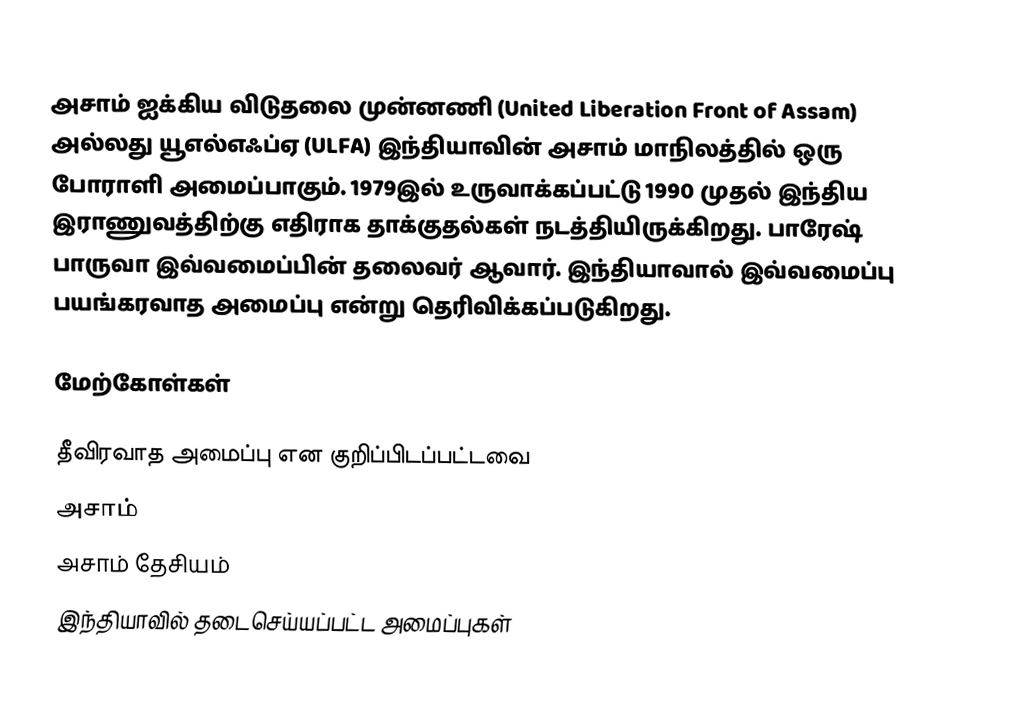
அசாம் ஐக்கிய விடுதலை முன்னணி (United Liberation Front of Assam) அல்லது யூஎல்எஃப்ஏ (ULFA) இந்தியாவின் அசாம் மாநிலத்தில் ஒரு போராளி அமைப்பாகும். 1979இல் உருவாக்கப்பட்டு 1990 முதல் இந்திய இராணுவத்திற்கு எதிராக தாக்குதல்கள் நடத்தியிருக்கிறது. பாரேஷ் பாருவா இவ்வமைப்பின் தலைவர் ஆவார். இந்தியாவால் இவ்வமைப்பு பயங்கரவாத அமைப்பு என்று தெரிவிக்கப்படுகிறது.

மேற்கோள்கள்

தீவிரவாத அமைப்பு என குறிப்பிடப்பட்டவை
அசாம்
அசாம் தேசியம்
இந்தியாவில் தடைசெய்யப்பட்ட அமைப்புகள்